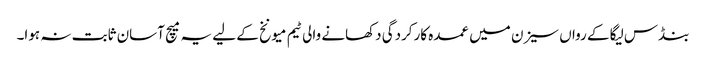
بنڈس لیگا کے رواں سیزن میں عمدہ کارکردگی دکھانے والی ٹیم میونخ کے لیے یہ میچ آسان ثابت نہ ہوا۔